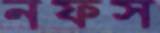
নফস